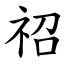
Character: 祒